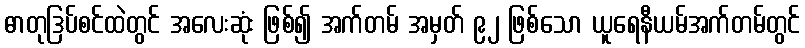
ဓာတုဒြပ်စင်ထဲတွင် အလေးဆုံး ဖြစ်၍ အက်တမ် အမှတ် ၉၂ ဖြစ်သော ယူရေနီယမ်အက်တမ်တွင်